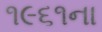
૧૯૬૧ના